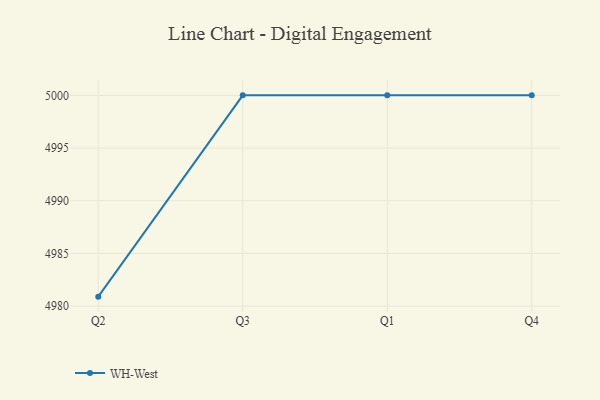
{"axis": {"x": "Quarter", "y": "Humidity (%)"}, "legend": ["WH-West"], "data": [{"x": "Q2", "y": 4980.9, "type": "WH-West"}, {"x": "Q3", "y": 5000, "type": "WH-West"}, {"x": "Q1", "y": 5000, "type": "WH-West"}, {"x": "Q4", "y": 5000, "type": "WH-West"}]}